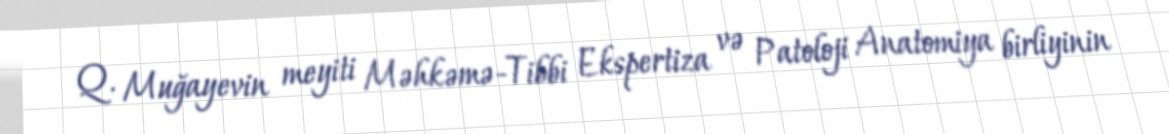
Q. Muğayevin meyiti Məhkəmə-Tibbi Ekspertiza və Patoloji Anatomiya birliyinin